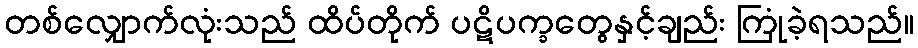
တစ်လျှောက်လုံးသည် ထိပ်တိုက် ပဋိပက္ခတွေနှင့်ချည်း ကြုံခဲ့ရသည်။